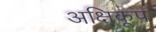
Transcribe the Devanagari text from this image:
अक्षिकूप